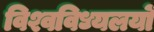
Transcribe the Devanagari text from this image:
विश्वविध्यलयों